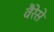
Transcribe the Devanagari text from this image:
वैरेसे